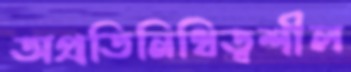
অপ্রতিনিধিত্বশীল